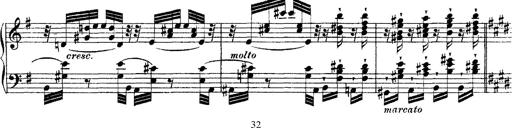
Title: Ã‰tudes d'exÃ©cution transcendante d'aprÃ¨s Paganini
Composer: Franz Liszt